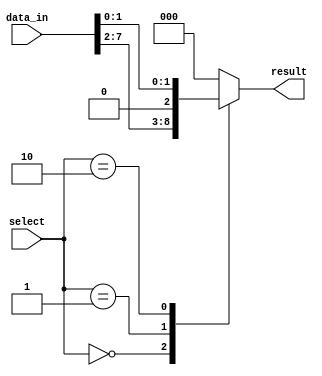
module part_select_assign (
    input [7:0] data_in,
    input [2:0] select,
    output reg [2:0] result
);

always @*
begin
    case (select)
        3'b000: result = data_in[7:5]; // Assign bits 7 to 5 of data_in to result
        3'b001: result = data_in[4:2]; // Assign bits 4 to 2 of data_in to result
        3'b010: result = data_in[1:0]; // Assign bits 1 to 0 of data_in to result
        default: result = 3'b000; // Default case
    endcase
end

endmodule